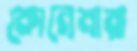
কোনেমারা